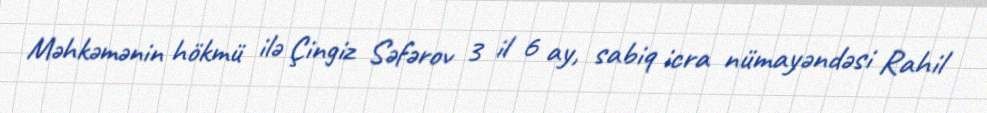
Məhkəmənin hökmü ilə Çingiz Səfərov 3 il 6 ay, sabiq icra nümayəndəsi Rahil